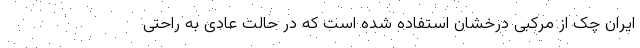
ایران چک از مرکبی درخشان استفاده شده است که در حالت عادی به راحتی